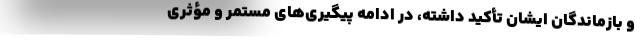
و بازماندگان ایشان تأکید داشته، در ادامه پیگیری‌های مستمر و مؤثری